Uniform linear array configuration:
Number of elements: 64
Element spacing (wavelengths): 0.25
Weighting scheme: exponential
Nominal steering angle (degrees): -45
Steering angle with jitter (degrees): -45.003
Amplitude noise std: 0.05
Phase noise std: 0.05

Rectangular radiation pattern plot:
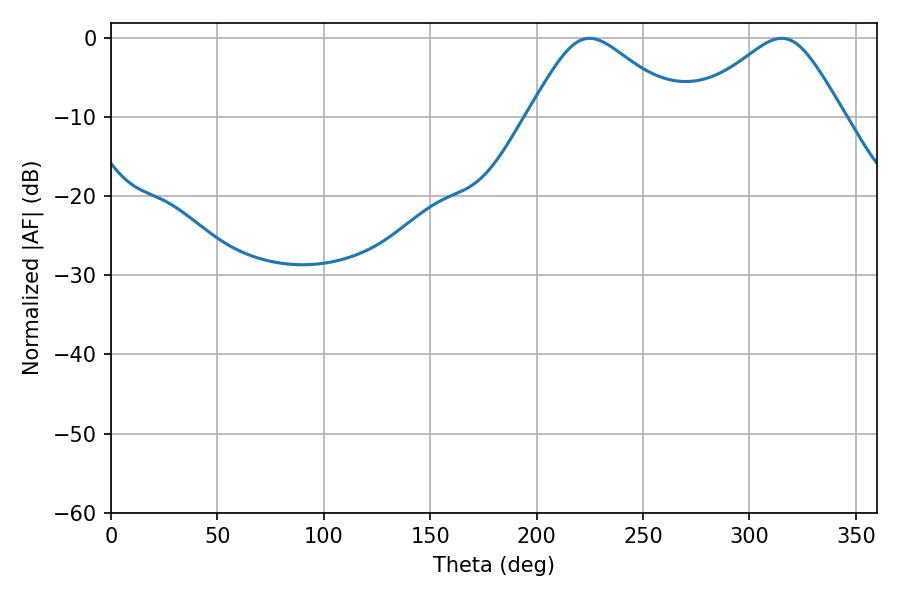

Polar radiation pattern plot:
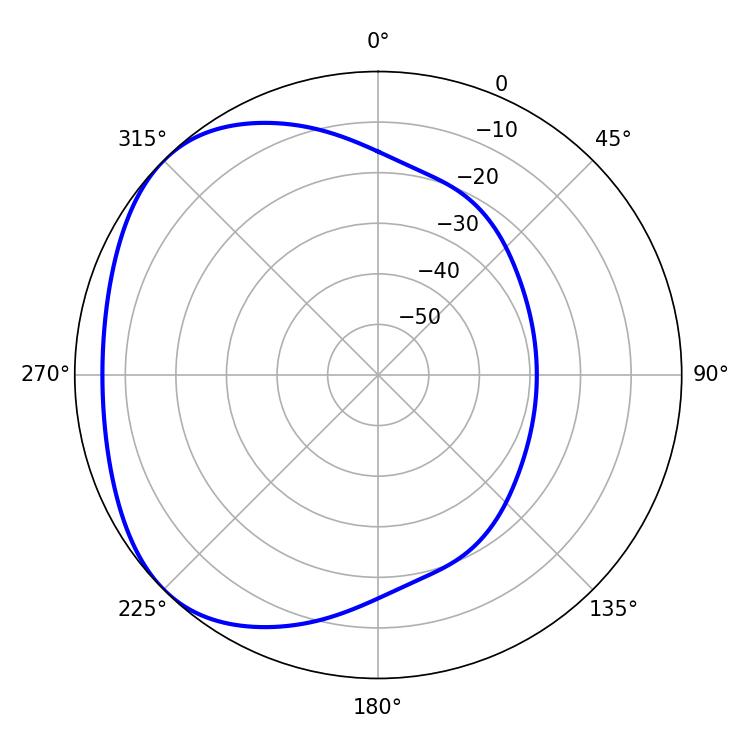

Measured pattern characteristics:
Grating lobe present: FALSE
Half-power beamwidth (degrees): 35.1
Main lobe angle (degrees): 224.82